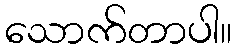
သောက်တာပါ။